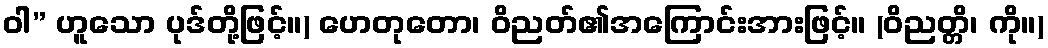
ဝါ” ဟူသော ပုဒ်တို့ဖြင့်။) ဟေတုတော၊ ဝိညတ်၏အကြောင်းအားဖြင့်။ (ဝိညတ္တိ၊ ကို။)